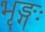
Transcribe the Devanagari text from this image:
भृङ्गः